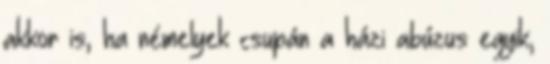
akkor is, ha némelyek csupán a házi abúzus egyik,